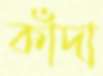
কাঁদা